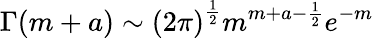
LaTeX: \Gamma(m+a)\sim\left(2\pi\right)^{\frac{1}{2}}m^{m+a-\frac{1}{2}}e^{-m}